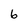
Character: 6